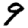
Digit: 9